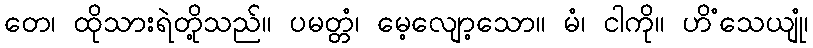
တေ၊ ထိုသားရဲတို့သည်။ ပမတ္တံ၊ မေ့လျော့သော။ မံ၊ ငါကို။ ဟိံသေယျုံ၊